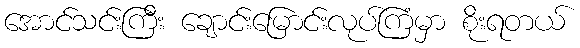
အောင်သင်းကြီး ချောင်းမြောင်းလုပ်ကြံမှာ စိုးရတယ်